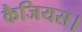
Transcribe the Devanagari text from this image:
कैजियस।